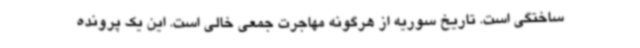
ساختگی است. تاریخ سوریه از هرگونه مهاجرت جمعی خالی است. این یک پرونده